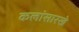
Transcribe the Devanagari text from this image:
कलांसारखे